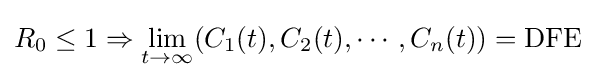
R_{0}\leq 1\Rightarrow \lim _{t\to \infty }(C_{1}(t),C_{2}(t),\cdots ,C_{n}(t))={\textrm {DFE}}